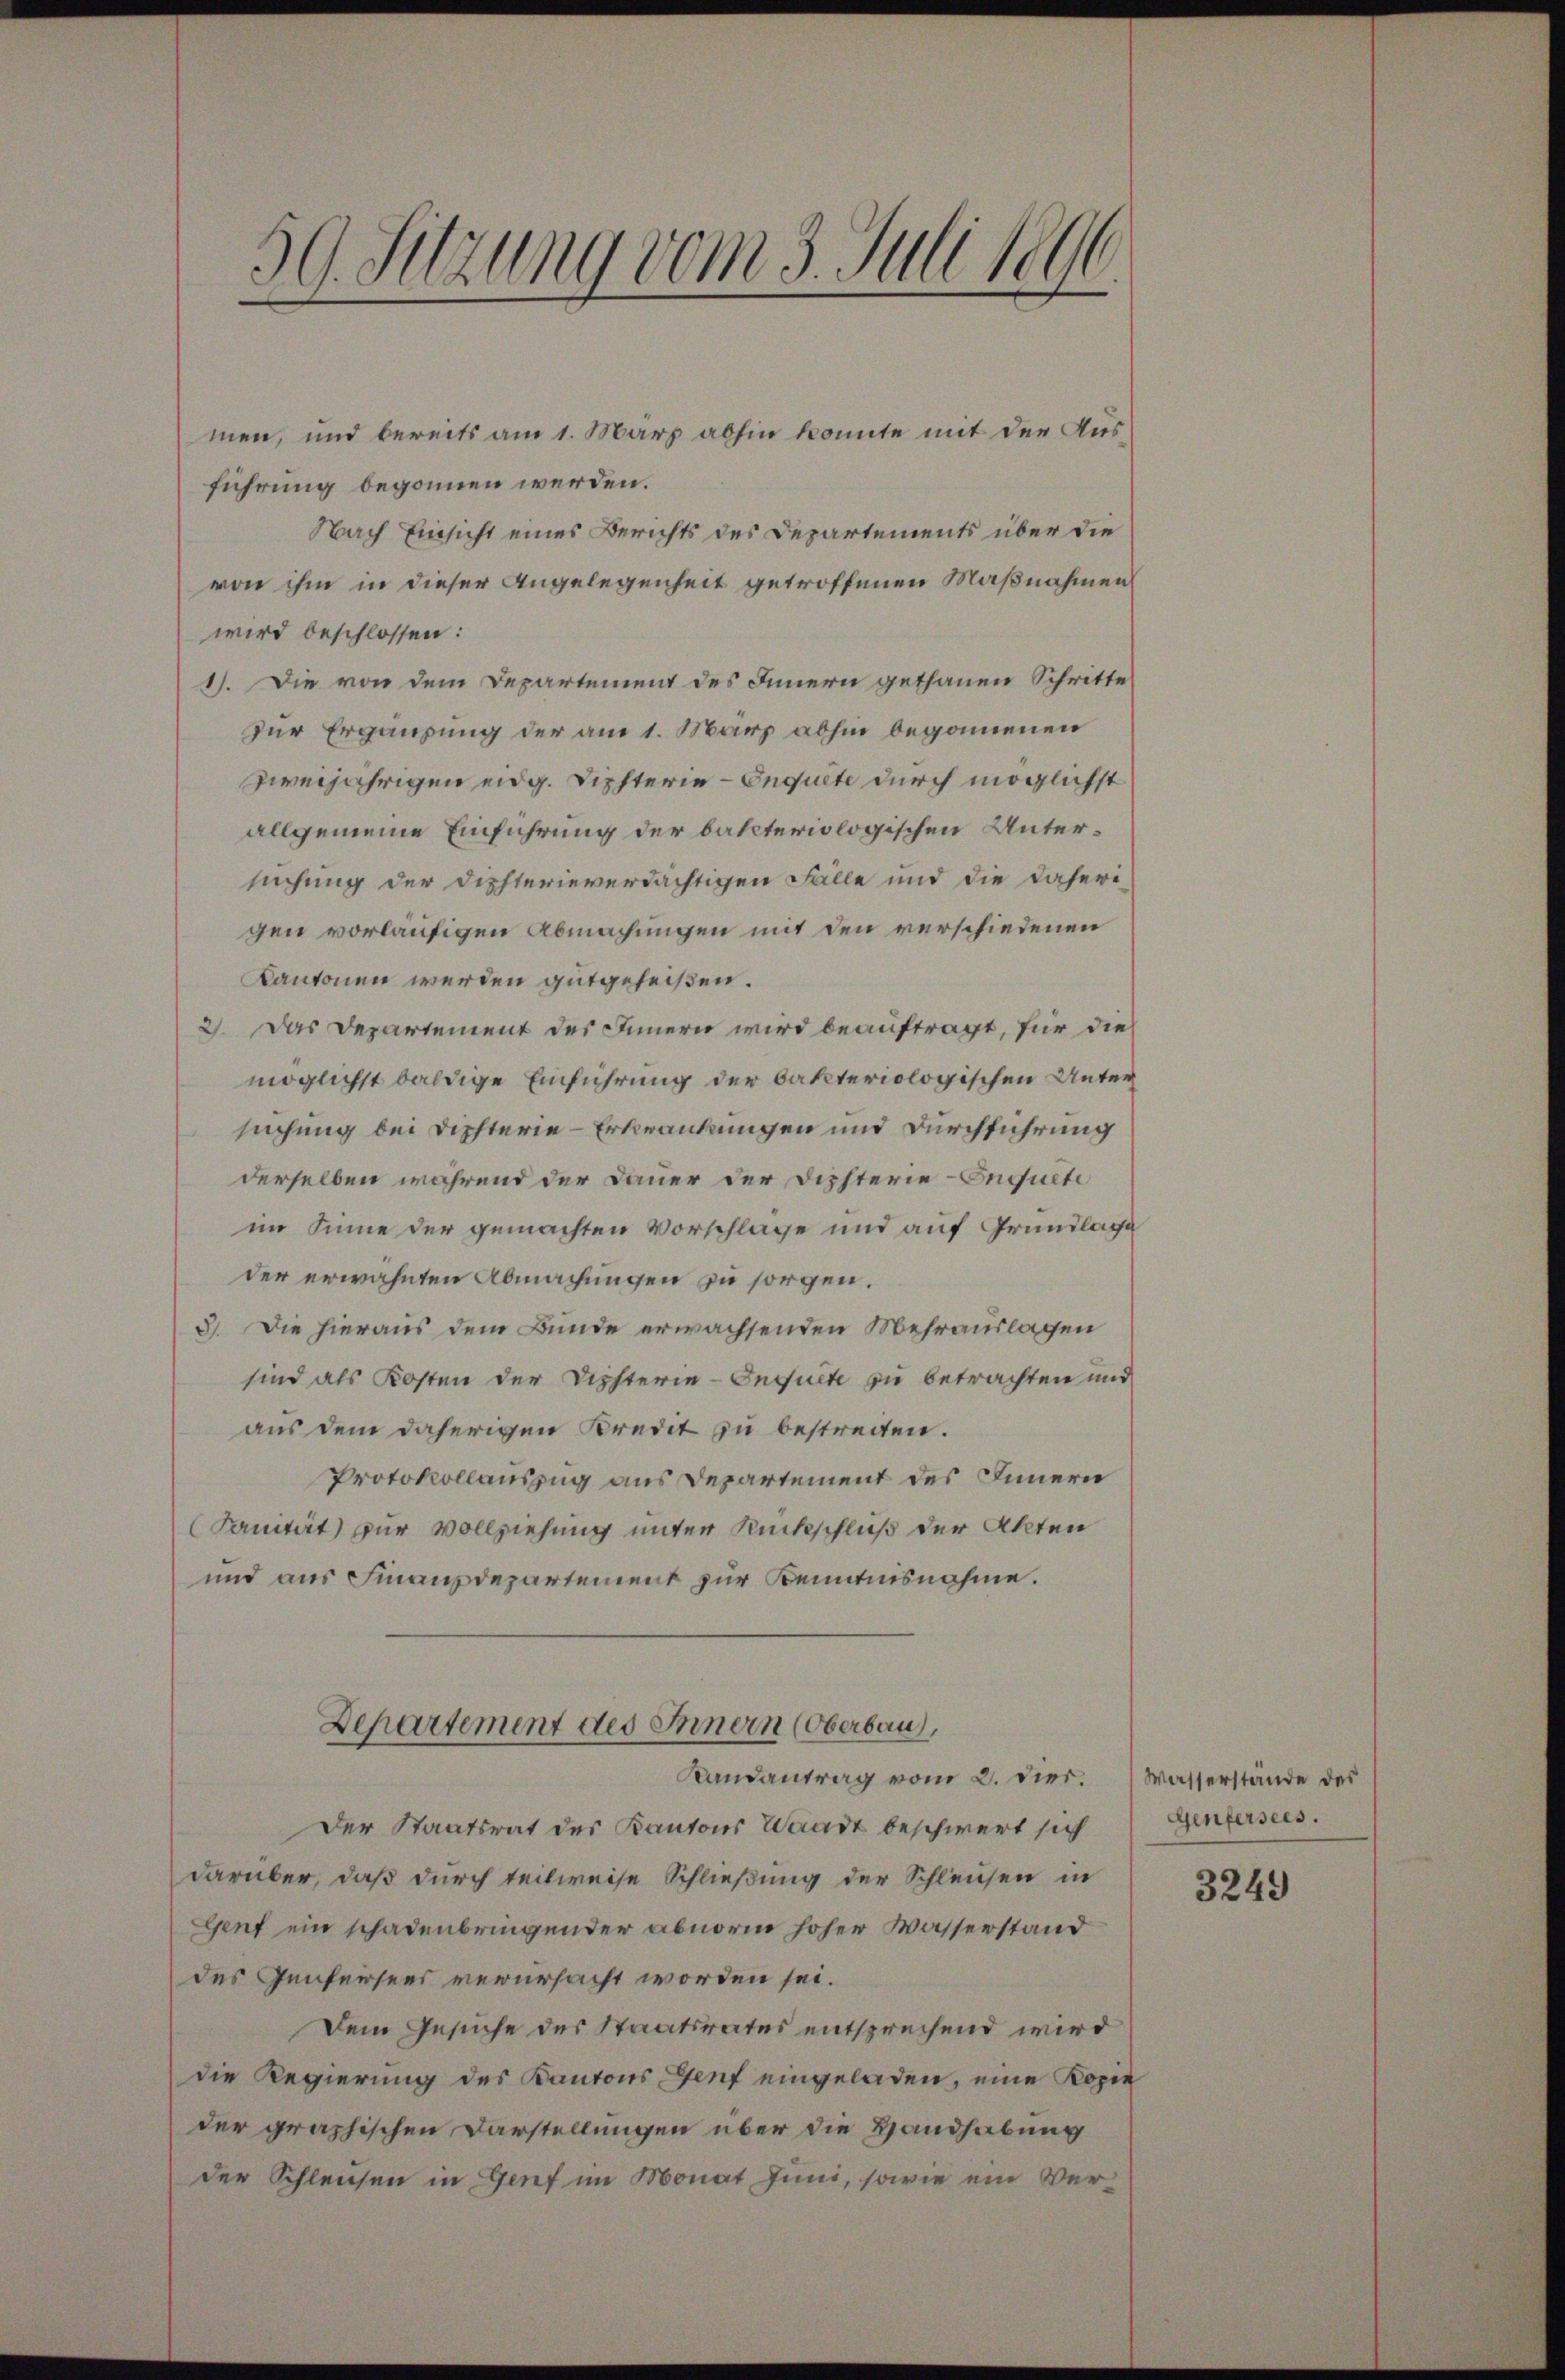
59. Sitzung vom 3. Juli 1896

men, und bereits am 1. März abhin konnte mit der Ausführung begonnen werden.
Nach Einsicht eines Berichts des Departements über die
von ihm in dieser Angelegenheit getroffenen Maßnahmen
wird beschlossen:
1). Die von dem Departement des Innern gethanen Schritte
zur Ergänzung der am 1. März abhin begonnenen
zweijährigen eidg. Lichterie-Enquete durch möglichst
allgemeine Einführung der bakteriologischen Untersuchung der dichterieverdächtigen Fälle und die daheri-
gen vorläufigen Abmachungen mit den verschiedenen
Kantonen werden gutgeheißen.
2). Das Departement des Innern wird beauftragt, für die
möglichst baldige Einführung der Fakteriologischen Untersuchung bei Dipfterie-Erkrankungen und Durchführung
derselben während der Dauer der Dichterie-Enquete
im Sinne der gemachten Vorschlage und auf Grundlage
der erwähnten Abmachungen zu sorgen.
3). Die hieraus dem Bunde erwachsenden Mehrauslagen
sind als Kosten der Disterie-Inquete zu betrachten und
aus dem daherigen Kredit zu bestreiten.
Protokollauszug aus Departement des Innern
(Sanität zur Vollziehung unter Rückschluß der Akten
und aus Finanzdepartement zur Kenntnisnahme.
Departement des Innern (Oberbau,
Randantrag vom 2. dies. Wasserstände des
Der Staatsrat des Kantons Waadt beschwert sich
darüber, daß durch teilweise Schließung der Schleusen in
Genf ein schadenbringender abnorm hoher Wasserstand
des Genfeisers verursacht worden sei.
Dem Gesuche des Staatsrates entsprechend wird
die Regierung des Kantons Genf eingeladen, eine Kopie
der graphischen Darstellungen über die Handhabung
der Schleichen in Genf im Monat Juni, sowie ein Ver¬

Genfersees.

3249